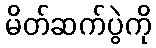
မိတ်ဆက်ပွဲကို